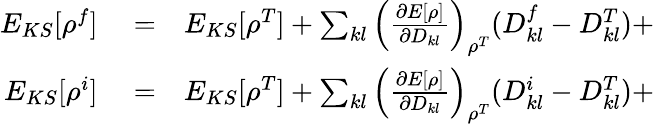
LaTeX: \begin{array}{rlr}{E_{KS}[\rho^{f}]}&{{}=}&{E_{KS}[\rho^{T}]+\sum_{kl}\left(\frac{\partial E[\rho]}{\partial D_{kl}}\right)_{\rho^{T}}(D_{kl}^{f}-D_{kl}^{T})+}\\ {E_{KS}[\rho^{i}]}&{{}=}&{E_{KS}[\rho^{T}]+\sum_{kl}\left(\frac{\partial E[\rho]}{\partial D_{kl}}\right)_{\rho^{T}}(D_{kl}^{i}-D_{kl}^{T})+}\end{array}